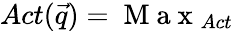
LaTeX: Act(\vec{q})=\mathrm{~M~a~x~}_{Act}